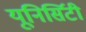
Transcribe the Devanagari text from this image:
यूनिर्सिटी